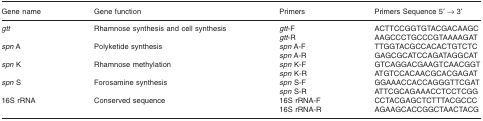
<table><thead><tr><td><b>Gene name</b></td><td><b>Gene function</b></td><td><b>Primers</b></td><td><b>Primers Sequence 5′ → 3′</b></td></tr></thead><tbody><tr><td rowspan="2"><i>gtt</i></td><td rowspan="2">Rhamnose synthesis and cell synthesis</td><td><i>gtt</i>-F</td><td>ACTTCCGGTGTACGACAAGC</td></tr><tr><td><i>gtt</i>-R</td><td>AAGCCCTGCCCGTAAAAGAT</td></tr><tr><td rowspan="2"><i>spn</i> A</td><td rowspan="2">Polyketide synthesis</td><td><i>spn</i> A-F</td><td>TTGGTACGCCACACTGTCTC</td></tr><tr><td><i>spn</i> A-R</td><td>GAGCGCATCCAGATAGGCAT</td></tr><tr><td rowspan="2"><i>spn</i> K</td><td rowspan="2">Rhamnose methylation</td><td><i>spn</i> K-F</td><td>GTCAGGACGAAGTCAACGGT</td></tr><tr><td><i>spn</i> K-R</td><td>ATGTCCACAACGCACGAGAT</td></tr><tr><td rowspan="2"><i>spn</i> S</td><td rowspan="2">Forosamine synthesis</td><td><i>spn</i> S-F</td><td>GGAAACCACCAGGGTTCGAT</td></tr><tr><td><i>spn</i> S-R</td><td>ATTCGCAGAAACCTCCTCGG</td></tr><tr><td rowspan="2">16S rRNA</td><td rowspan="2">Conserved sequence</td><td>16S rRNA-F</td><td>CCTACGAGCTCTTTACGCCC</td></tr><tr><td>16S rRNA-R</td><td>AGAAGCACCGGCTAACTACG</td></tr></tbody></table>